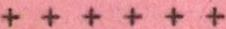
++++++